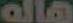
هاله